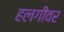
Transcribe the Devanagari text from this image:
हलगीवर